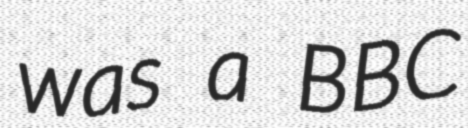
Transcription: was a BBC